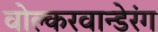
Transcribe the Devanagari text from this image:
वोल्करवान्डेरंग